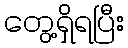
တွေ့ရှိရပြီး